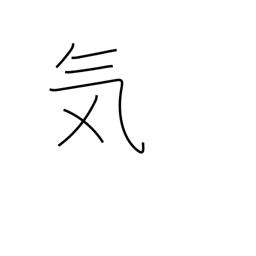
Meaning: spirit